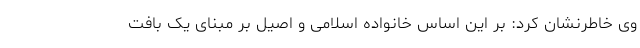
وی خاطرنشان کرد: بر این اساس خانواده اسلامی و اصیل بر مبنای یک بافت